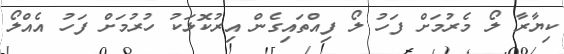
ކިޔާރާ ލޯ މެރުމަށް ފަހު ލޯ ފިއްތައިގެން އިރުކޮޅަކު ހުރުމަށް ފަހު އެއްލޯ